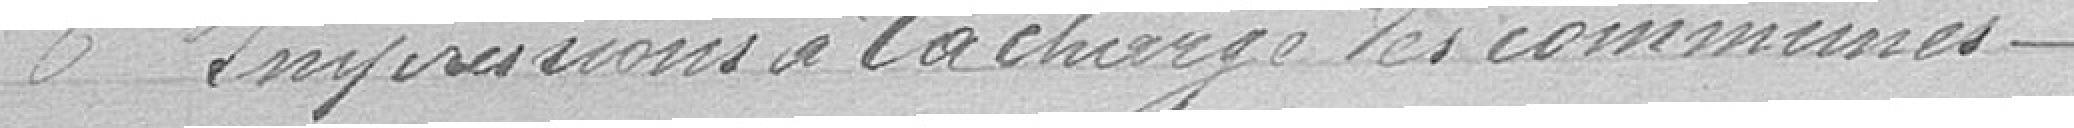
6 Impressions à la charge des communes.